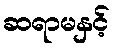
ဆရာမနှင့်